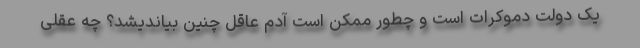
یک دولت دموکرات است و چطور ممکن است آدم عاقل چنین بیاندیشد؟ چه عقلی